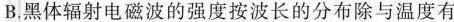
B.黑体辐射电磁波的强度按波长的分布除与温度有